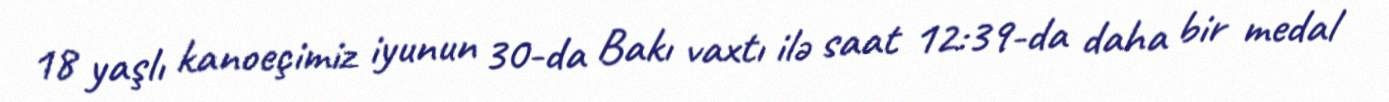
18 yaşlı kanoeçimiz iyunun 30-da Bakı vaxtı ilə saat 12:39-da daha bir medal